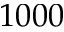
1 0 0 0